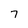
Character: 7